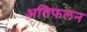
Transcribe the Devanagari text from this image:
अतिफलन